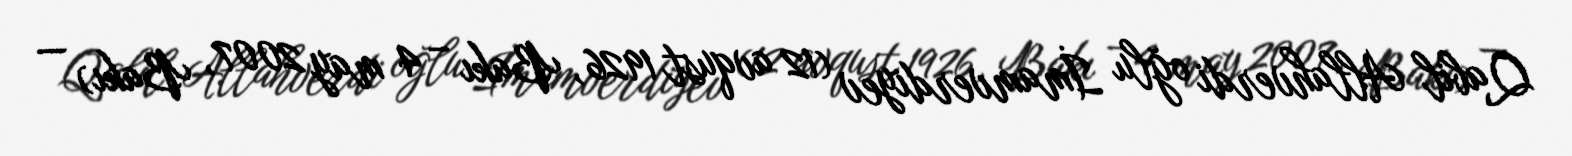
Qabil Allahverdi oğlu İmamverdiyev (12 avqust 1926, Bakı – 4 may 2007, Bakı) —